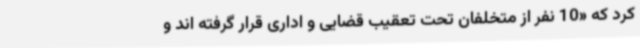
کرد که «10 نفر از متخلفان تحت تعقیب قضایی و اداری قرار گرفته اند و